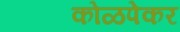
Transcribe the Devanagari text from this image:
कोळपेकर